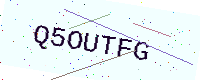
Text: Q5OUTFG